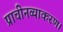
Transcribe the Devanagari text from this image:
प्राचीनव्याकरण।